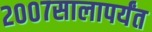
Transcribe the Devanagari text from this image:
२००७सालापर्यंत